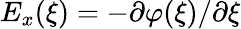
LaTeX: E_{x}(\xi)=-\partial\varphi(\xi)/\partial\xi